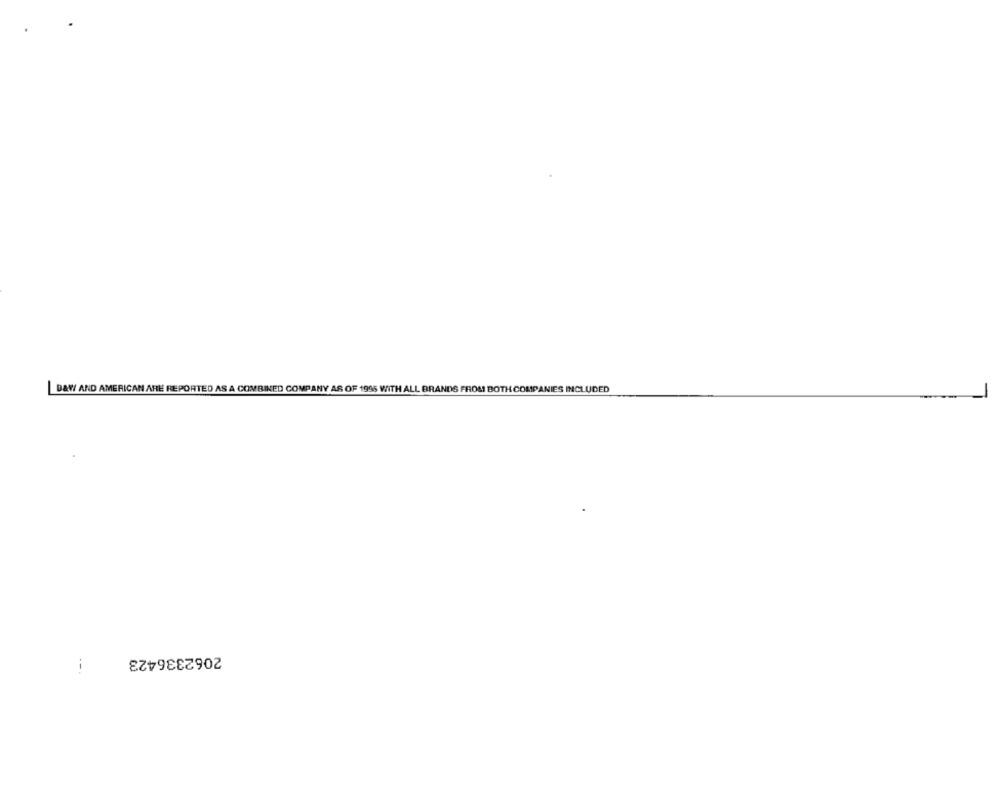
B&W AND AMERICAN ARE REPORTED AS A COMBINED COMPANY AS OF 1995 WITH ALL BRANDS FROM BOTH COMPANIES INCLUDED
2062336423
i